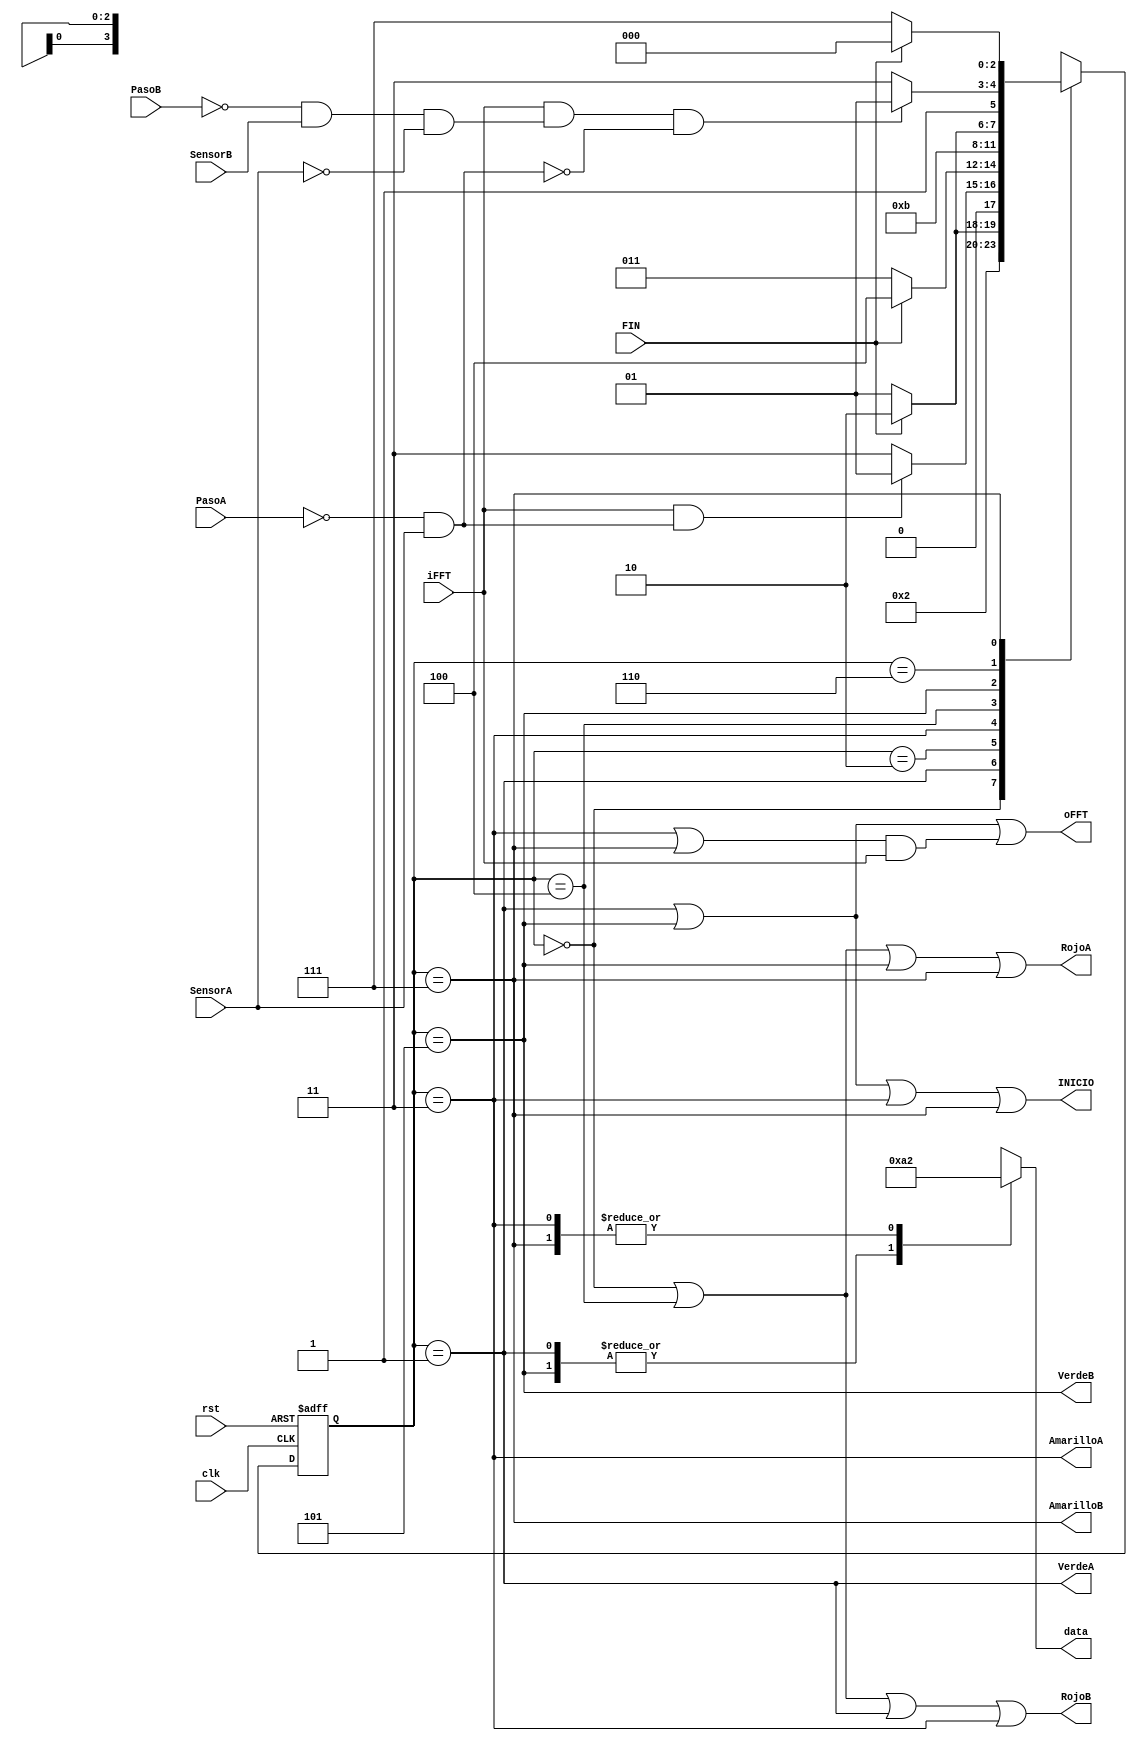
`timescale 1ns / 1ps

 module MacroFSM(
    input clk,
    input rst,
	 input FIN,
	 input iFFT,
    input SensorA,
    input SensorB,
    input PasoA,
    input PasoB,
	 output reg [3:0] data,
	 output wire oFFT,
    output wire VerdeA,
    output wire VerdeB,
    output wire AmarilloA,
    output wire AmarilloB,
    output wire RojoA,
    output wire RojoB,
	 output wire INICIO
    );

parameter[2:0] 

	S0 = 3'b000,
	S1 = 3'b001,
	S2 = 3'b010,
	S3 = 3'b011,
	S4 = 3'b100,
	S5 = 3'b101,
	S6 = 3'b110,
	S7 = 3'b111;


reg [2:0] E_Presente, E_Siguiente;
wire AVerde;
wire BVerde;

//Logica Combinacional de entrada a la secuencial.
assign AVerde = iFFT&&(~PasoA && SensorA);
assign BVerde = iFFT&&(~PasoB && SensorB && ~SensorA)&&!(~PasoA && SensorA);


//Logica de Combinacional de Salida
	always @(E_Presente)
	case (E_Presente)
		3'b001: data=4'b1010;
		3'b011: data=4'b0010;
		3'b101: data=4'b1010;
		3'b111: data=4'b0010;
	  default: data=4'bx;
	endcase


//Si ya paso por el ciclo de algun verde, solo una vez, entonces resetearlo.
assign oFFT = ((E_Presente == S1)||(E_Presente == S5))||(((E_Presente == S3)||(E_Presente == S7))&&iFFT);


//Iniciar el conteo

assign INICIO = (E_Presente == S1)||(E_Presente == S5)||(E_Presente == S3)||(E_Presente == S7);
//Luces Semaforos

assign VerdeA = (E_Presente == S1);
assign VerdeB = (E_Presente == S5);
assign AmarilloA = (E_Presente == S3);
assign AmarilloB = (E_Presente == S7);
assign RojoA = (E_Presente == S0)||(E_Presente == S4)||(E_Presente == S5)||(E_Presente == S7);
assign RojoB = (E_Presente == S0)||(E_Presente == S4)||(E_Presente == S1)||(E_Presente == S3);

//Logica Secuencial de la Maquina
always @(posedge clk, posedge rst)
	
	if (rst)
		E_Presente <= S0;
	else
		E_Presente <= E_Siguiente;
	
always @*
	begin
		case (E_Presente)
			S0: begin 
			//Semaforos Rojos
					E_Siguiente <= S1;
					
					end
			S1: begin
			//A Verde
					
					
				if (FIN)
					begin
					E_Siguiente <= S2;
					
					end
				else
					E_Siguiente <= S1;
					end
					
			S2: begin
			//verifica peaton
					
					//no contando
					if (AVerde)
						begin
						E_Siguiente <= S1;
						
						end
					else
						
						E_Siguiente <= S3;
						
				  end
			S3: begin
			// A Amarillo
					//contando
					if (FIN)
						E_Siguiente <= S4;
					else
						E_Siguiente <= S3;

				end
			S4: begin
			//Semaforos Rojos
			
						E_Siguiente <= S5;
					end
					
			S5: begin
			//B Verde
					//contando			
					
					if (FIN)
						begin
						E_Siguiente <= S6;

						end
					else
						E_Siguiente <= S5;
					end
						
			S6: begin
			//Verifica Peaton

					
					if (BVerde)
						begin 
						E_Siguiente <= S5;
						end
					else
						begin
						E_Siguiente <= S7;	
						end
				  end
			S7: begin
			//B Amarillo
				
					if (FIN)
						E_Siguiente <= S0;
					else
						begin
						E_Siguiente <= S7;

						end
				end
		endcase
	end
//
//assign Q0 = (E_Presente == S1)&&(E_Presente == S3);
//assign Q1 = (E_Presente == S0);


endmodule